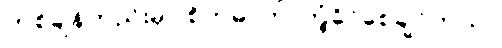
တစ်ချိန်တည်းမှာ စိတ်ဓာတ် ကြံ့ခိုင်စေချင်တယ်။